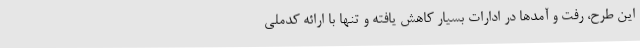
این طرح، رفت و آمدها در ادارات بسیار کاهش یافته و تنها با ارائه کدملی